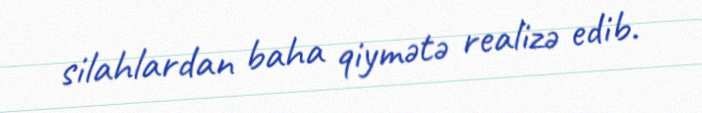
silahlardan baha qiymətə realizə edib.